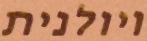
ויולנית